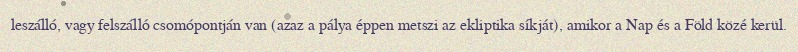
leszálló, vagy felszálló csomópontján van (azaz a pálya éppen metszi az ekliptika síkját), amikor a Nap és a Föld közé kerül.